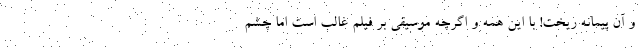
و آن پیمانه ریخت! با این همه و اگرچه موسیقی بر فیلم غالب است اما چشم